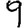
Digit: 9